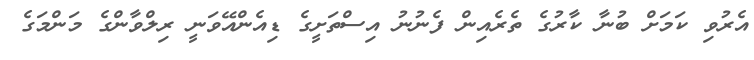
އެރުވި ކަމަށް ބުނާ ކާރުގެ ތެރެއިން ފެނުނު އިސްތަށީގެ ޑިއެންއޭވަނީ ރިލްވާންގެ މަންމަގެ